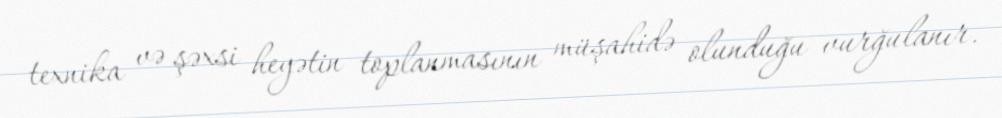
texnika və şəxsi heyətin toplanmasının müşahidə olunduğu vurğulanır.